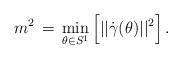
\begin{align*}m^2 \,=\, \min_{\theta\in S^1}\Big[||\dot{\gamma}(\theta)||^2\Big]\,.\end{align*}